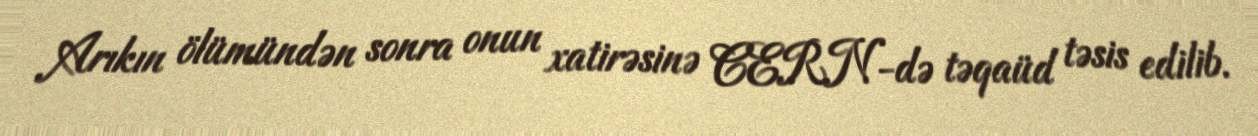
Arıkın ölümündən sonra onun xatirəsinə CERN-də təqaüd təsis edilib.